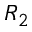
R _ { 2 }